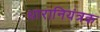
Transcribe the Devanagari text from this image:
धारानियंत्रक